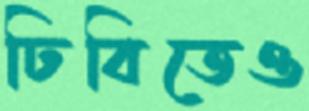
ঢিবিতেও